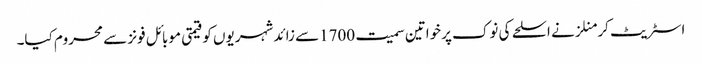
اسٹریٹ کر منلزنے اسلحے کی نوک پرخواتین سمیت 1700سے زائد شہریوں کو قیمتی موبائل فونز سے محروم کیا۔